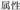
属性